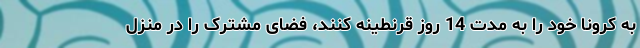
به کرونا خود را به مدت 14 روز قرنطینه کنند، فضای مشترک را در منزل